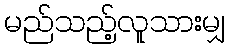
မည်သည့်လူသားမျှ